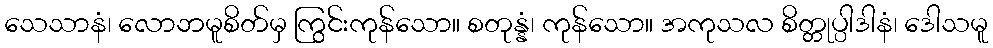
သေသာနံ၊ လောဘမူစိတ်မှ ကြွင်းကုန်သော။ စတုန္နံ၊ ကုန်သော။ အကုသလ စိတ္တုပ္ပါဒါနံ၊ ဒေါသမူ